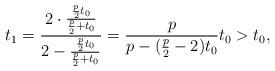
LaTeX: \begin{align*} t_1=\frac{2\cdot \frac{\frac{p}{2}t_0}{\frac{p}{2}+t_0}}{2-\frac{\frac{p}{2}t_0}{\frac{p}{2}+t_0}} =\frac{p}{p-(\frac{p}{2}-2)t_0}t_0>t_0, \end{align*}